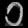
Digit: ၁